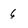
Character: 6